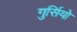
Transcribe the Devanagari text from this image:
गुर्सियो